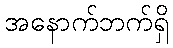
အနောက်ဘက်ရှိ